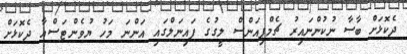
ދެކޮޅަށް ބާސާ ނުކުންނައިރު ޗެމްޕިއަންސް ލީގުގެ ފައިނަލްގައި އަންނަ މަހު ޔުވެންޓަސްއާ ދެކޮޅަށް